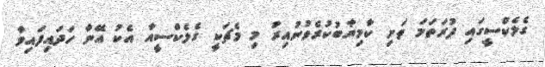
ގެލެކްސީގައި ފުރަތަމަ ތަށި ކާމިޔާބުކުރެވުނުއިރު މި މެޗަކީ ގެލެކްސީއާ އެކު އޭނާ ހަދައިފައިވާ